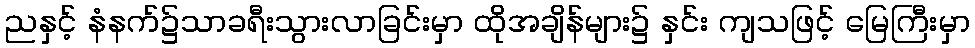
ညနှင့် နံနက်၌သာခရီးသွားလာခြင်းမှာ ထိုအချိန်များ၌ နှင်း ကျသဖြင့် မြေကြီးမှာ